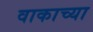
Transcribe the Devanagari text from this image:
वाकाच्या